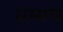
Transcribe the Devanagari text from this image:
धम्मच